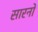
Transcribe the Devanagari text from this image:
सारनों